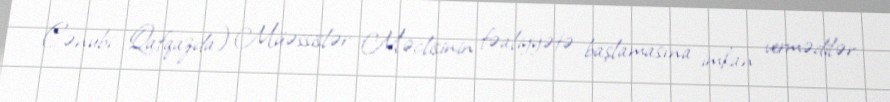
Cənubi Qafqazda) Müəssislər Məclisinin fəaliyyətə başlamasına imkan vermədilər.